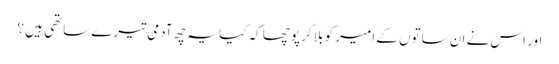
اور اس نے ان ساتوں کے امیر کو بلا کر پوچھا کہ کیا یہ چھ آدمی تیرے ساتھی ہیں ؟